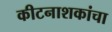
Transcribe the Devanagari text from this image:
कीटनाशकांचा